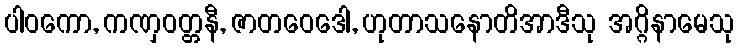
ပါဝကော, ကဏှဝတ္တနီ, ဇာတဝေဒေါ, ဟုတာသနောတိအာဒီသု အဂ္ဂိနာမေသု